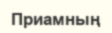
Приамның